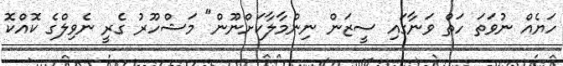
ހަޔެއް ނުވަތަ ހަތް ވަނާގައި ސީޒަން ނިންމާލާކަށްނޫން" މަޝްހޫރު ގެރީ ނެވިލްގެ ކޮއްކޮ